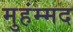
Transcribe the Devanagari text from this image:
मुहंम्मद